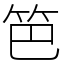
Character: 笆